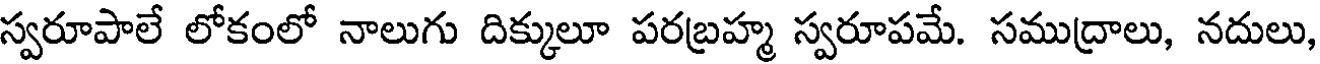
స్వరూపాలే లోకంలో నాలుగు దిక్కులూ పరబ్రహ్మ స్వరూపమే. సముద్రాలు, నదులు,